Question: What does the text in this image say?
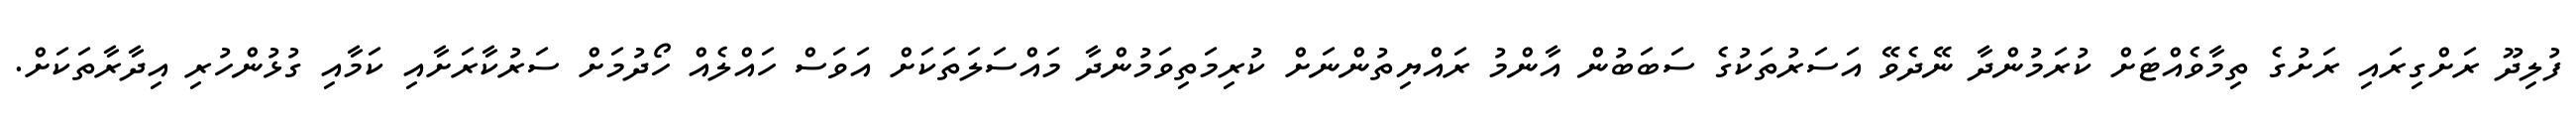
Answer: ފުލިދޫ ރަށްގިރައި ރަށުގެ ތިމާވެއްޓަށް ކުރަމުންދާ ނޭދެވޭ އަސަރުތަކުގެ ސަބަބުން އާންމު ރައްޔިތުންނަށް ކުރިމަތިވަމުންދާ މައްސަލަތަކަށް އަވަސް ހައްލެއް ހޯދުމަށް ސަރުކާރަށާއި ކަމާއި ގުޅުންހުރި އިދާރާތަކަށް.